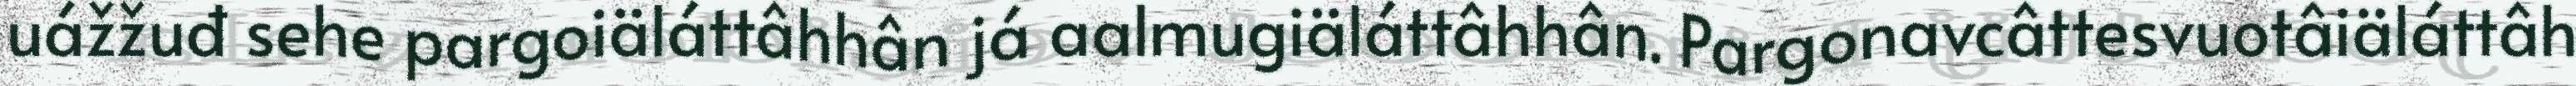
uážžuđ sehe pargoiäláttâhhân já aalmugiäláttâhhân. Pargonavcâttesvuotâiäláttâh